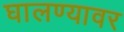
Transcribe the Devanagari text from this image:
घालण्यावर